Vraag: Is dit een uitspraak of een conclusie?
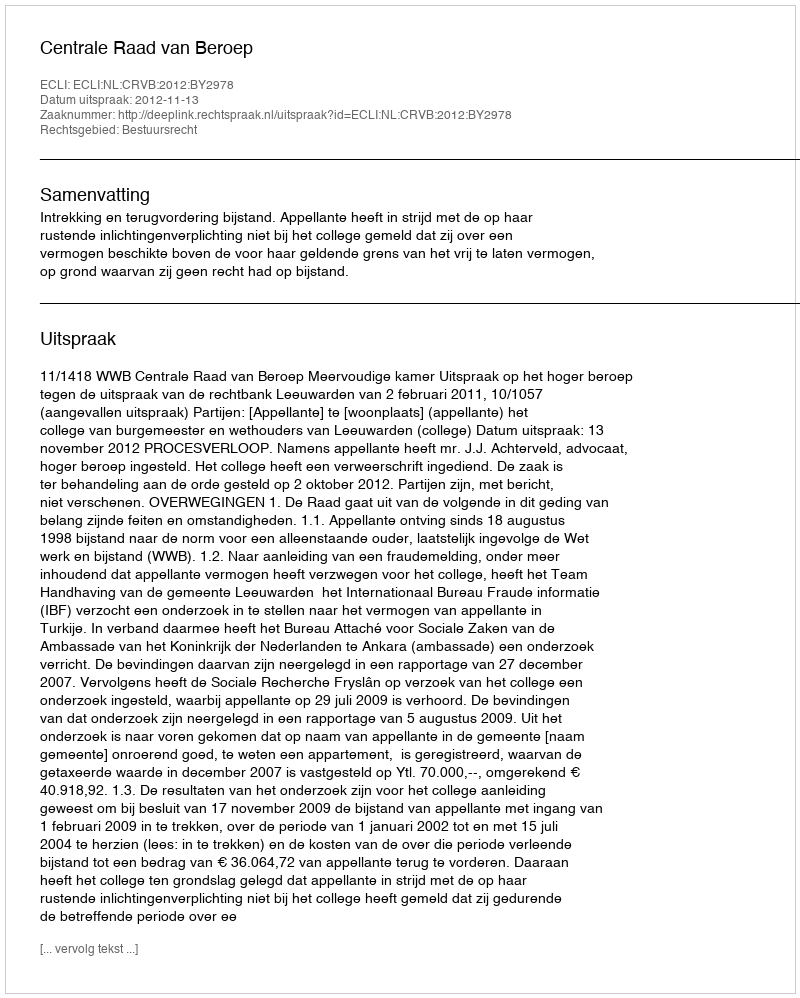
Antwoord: Uitspraak